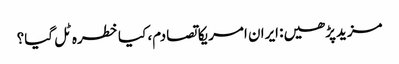
مزیدپڑھیں: ایران امریکا تصادم، کیا خطرہ ٹل گیا؟